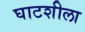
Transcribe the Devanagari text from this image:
घाटशीला